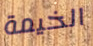
الخيمة